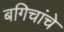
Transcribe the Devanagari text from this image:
बगिचांचे